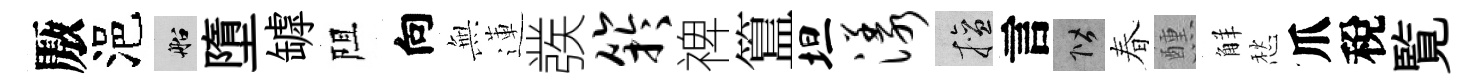
厫浥船墮罅阻向𭴾蓮彂竽禆簋坦漾擅言階春醺觧愁爪稅覧